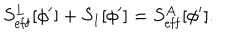
S _ { \mathrm { e f f } } ^ { L } [ \phi ^ { \prime } ] + S _ { 1 } [ \phi ^ { \prime } ] = S _ { \mathrm { e f f } } ^ { A } [ \phi ^ { \prime } ] .